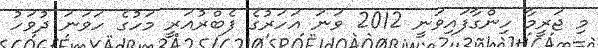
މި ޖަރީމާ ހިންގާފައިވަނީ 2012 ވަނަ އަހަރުގެ ފެބްރުއަރީ މަހުގެ ހަވަނަ ދުވަހު